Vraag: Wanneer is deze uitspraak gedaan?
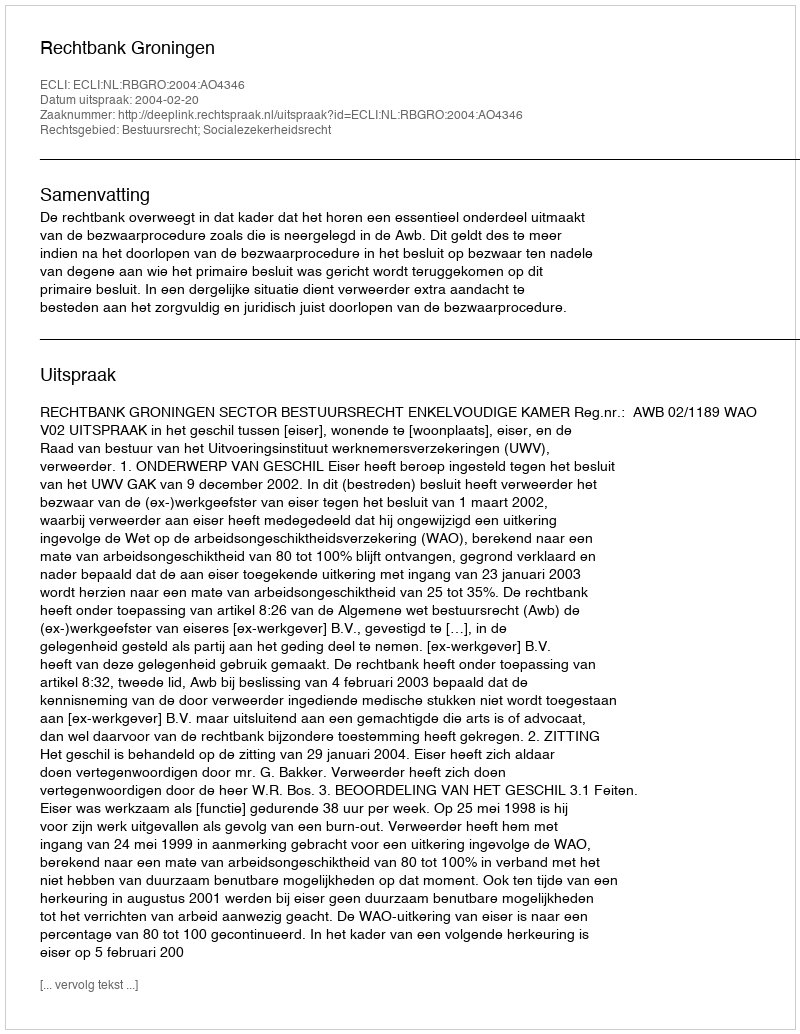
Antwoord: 2004-02-20